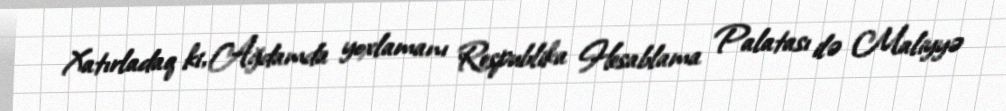
Xatırladaq ki, Ağdamda yoxlamanı Respublika Hesablama Palatası ilə Maliyyə